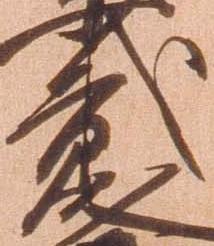
弐